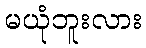
မယုံဘူးလား